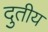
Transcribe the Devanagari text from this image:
दुतीय